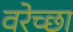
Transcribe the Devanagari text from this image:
वरेच्छा